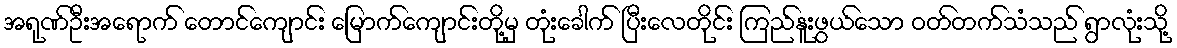
အရုဏ်ဦးအရောက် တောင်ကျောင်း မြောက်ကျောင်းတို့မှ တုံးခေါက် ပြီးလေတိုင်း ကြည်နူးဖွယ်သော ဝတ်တက်သံသည် ရွာလုံးသို့